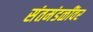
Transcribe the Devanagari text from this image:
संतमंडळींवर